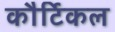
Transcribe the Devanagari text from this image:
कौर्टिकल